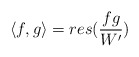
\begin{align*}\langle f,g \rangle = res ( \frac{fg}{W'} )\end{align*}